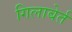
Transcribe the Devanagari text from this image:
गिलाबेर्त